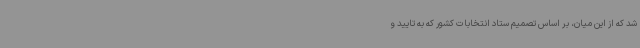
شد که از این میان، بر اساس تصمیم ستاد انتخابات کشور که به تایید و